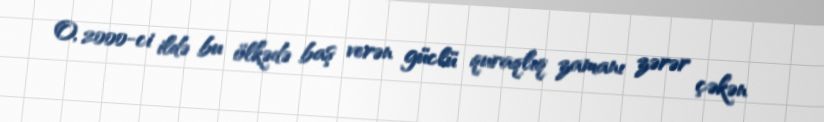
O, 2000-ci ildə bu ölkədə baş verən güclü quraqlıq zamanı zərər çəkən